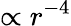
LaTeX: \propto r^{-4}